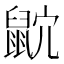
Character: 𪕎